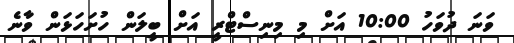
ވަނަ ދުވަހު 10:00 އަށް މި މިނިސްޓްރީ އަށް ބީލަން ހުށަހަޅަން ވާނެ